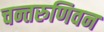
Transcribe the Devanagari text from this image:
चन्तरुणिवन